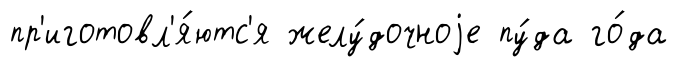
пр'иготовл'я́ютс'я желу́дочноjе пу́да го́да